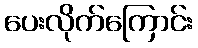
ပေးလိုက်ကြောင်း